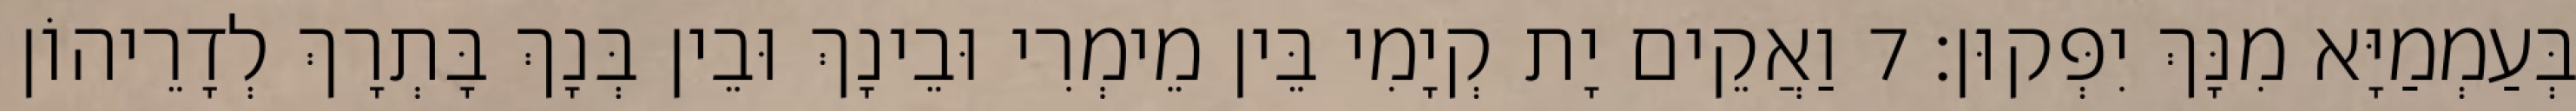
בְּעַמְמַיָּא מִנָּךְ יִפְּקוּן׃ 7 וַאֲקֵים יָת קְיָמִי בֵּין מֵימְרִי וּבֵינָךְ וּבֵין בְּנָךְ בָּתְרָךְ לְדָרֵיהוֹן